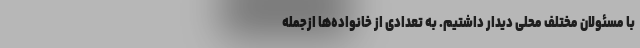
با مسئولان مختلف محلی دیدار داشتیم. به تعدادی از خانواده‌ها ازجمله